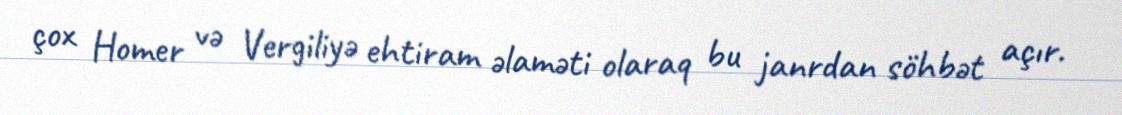
çox Homer və Vergiliyə ehtiram əlaməti olaraq bu janrdan söhbət açır.